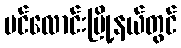
ပင်လောင်းမြို့နယ်တွင်